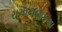
રામાયણકથા